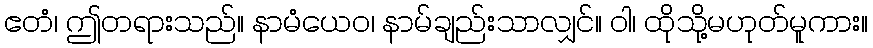
ဧတံ၊ ဤတရားသည်။ နာမံယေဝ၊ နာမ်ချည်းသာလျှင်။ ဝါ၊ ထိုသို့မဟုတ်မူကား။